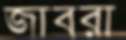
জাবরা